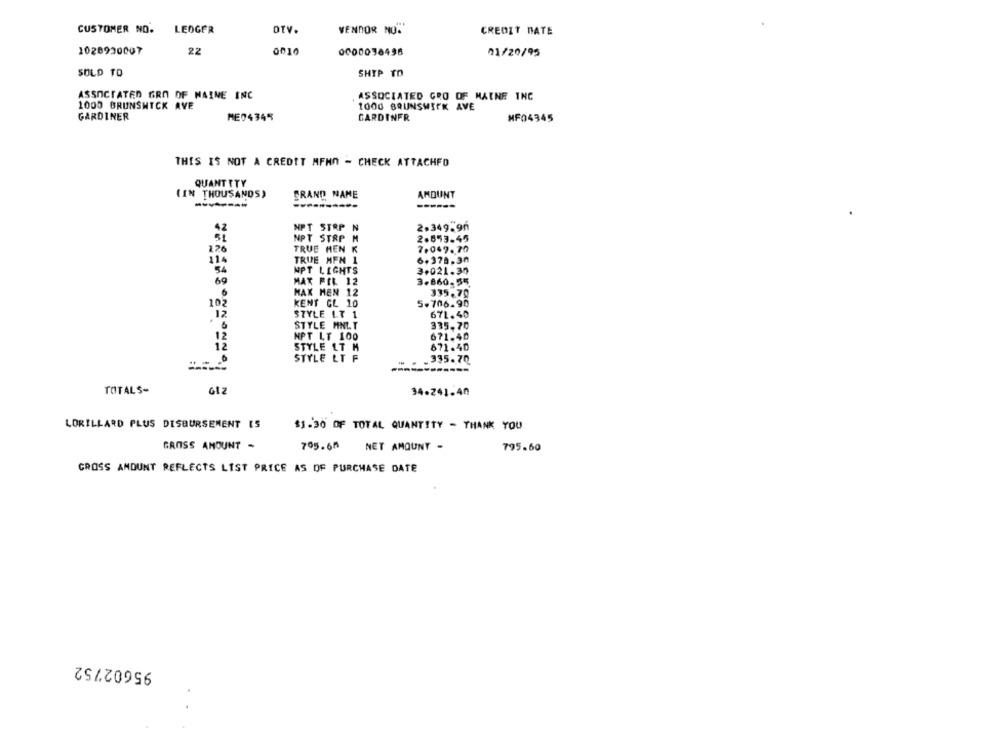
CUSTOMER NO.
LEDGER
OTV.
VENDOR NO.
CREDIT DATE
1028930007
22
0010
0000038498
01/20/95
SOLD TO
SHIP TO
ASSOCIATED GRO OF NAINE INC
ASSOCIATED GRO OF MAINE INC
1000 BRUNSWICK AVE
1000 BRUNSWICK AVE
GARDINER
ME04345
GARDINFR
MF04345
THIS IS NOT A CREDIT MFHO - CHECK ATTACHED
QUANTITY
(IN THOUSANDS)
GRAND NAME
AMOUNT
------
NPT STRP N
2.349.90
NPT STRP M
2.853.45
226
TRUE MEN K
7.049.70
114
TRUE MFM 1
6.378.30
54
NPT LIGHTS
3.021.37
69
MAX FIL 12
3.860-55
MAX MEN 12
335.70
102
KENT GL 10
5-706.90
12
STYLE LT 1
671.40
STYLE MINLT
335.70
12
NPT LT 100
671.40
12
STYLE ET M
671.40
STYLE LT F
„335.70
TOTALS-
GIZ
34.241.40
LORILLARD PLUS DISBURSEMENT IS
$1.30 OF TOTAL QUANTITY - THANK YOU
GROSS AMOUNT -
795.68
NET AMOUNT -
795.60
CROSS AMOUNT REFLECTS LIST PRICE AS OF PURCHASE DATE
95602752